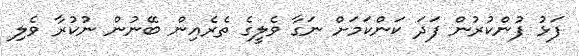
ފަޅު ފުންކުރުން ފަދަ ކަންކަމަށް ނަގާ ވެލީގެ ތެރެއިން ބޭނުން ނުކުރާ ވެލި